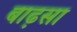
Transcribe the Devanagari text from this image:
बाढ़सा